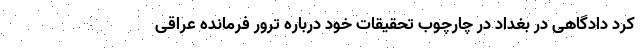
کرد دادگاهی در بغداد در چارچوب تحقیقات خود درباره ترور فرمانده عراقی